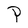
Character: P